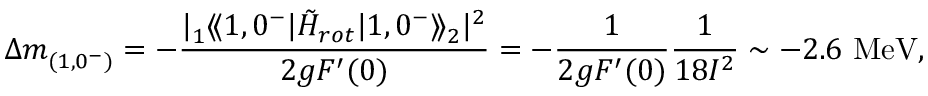
\Delta m _ { ( 1 , 0 ^ { - } ) } ^ { } = - \frac { | { ^ { } _ { 1 } \langle \! \langle 1 , 0 ^ { - } | { \tilde { H } } _ { r o t } | 1 , 0 ^ { - } \rangle \! \rangle _ { 2 } ^ { } } | ^ { 2 } } { 2 g F ^ { \prime } ( 0 ) } = - \frac { 1 } { 2 g F ^ { \prime } ( 0 ) } \frac { 1 } { 1 8 { \cal I } ^ { 2 } } \sim - 2 . 6 \mathrm { ~ M e V } ,